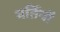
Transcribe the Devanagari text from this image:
मर्तियों